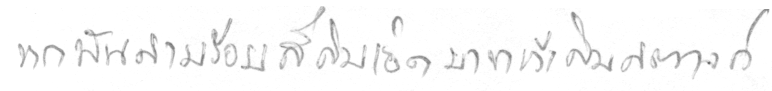
หกพันสามร้อยสี่สิบเอ็ดบาทห้าสิบสตางค์